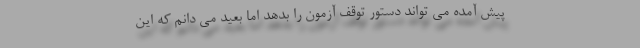
پیش آمده می تواند دستور توقف آزمون را بدهد اما بعید می دانم که این